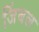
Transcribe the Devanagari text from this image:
जिंबल